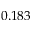
0 . 1 8 3